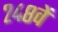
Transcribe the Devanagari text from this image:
२४८वें